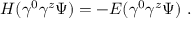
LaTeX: H ( \gamma ^ { 0 } \gamma ^ { z } \Psi ) = - E ( \gamma ^ { 0 } \gamma ^ { z } \Psi ) \ .